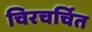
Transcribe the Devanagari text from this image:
चिरचर्चित